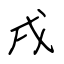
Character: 戌